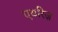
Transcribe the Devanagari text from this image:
एयरिज़